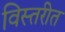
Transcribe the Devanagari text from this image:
विस्तरीत